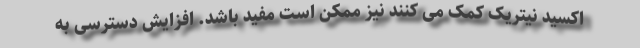
اکسید نیتریک کمک می کنند نیز ممکن است مفید باشد. افزایش دسترسی به